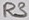
Text: R3